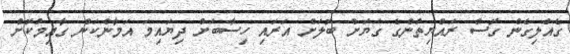
ގެއްލިގެން ގޮސް ރައްޔިތުންގެ ގަޔަށް ބޮލަށް އަރައި ހިސާބަށް ދިޔައިމަ އަމާންކަން ގާއިމުކޮށް